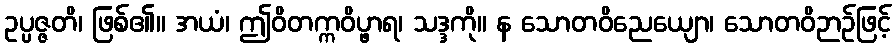
ဥပ္ပဇ္ဇတိ၊ ဖြစ်၏။ အယံ၊ ဤဝိတက္ကဝိပ္ဖာရ၊ သဒ္ဒကို။ န သောတဝိညေယျော၊ သောတဝိဉာဉ်ဖြင့်